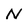
Character: N